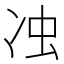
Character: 𭂌